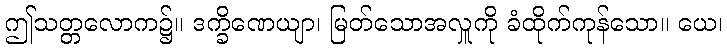
ဤသတ္တလောက၌။ ဒက္ခိဏေယျာ၊ မြတ်သောအလှူကို ခံထိုက်ကုန်သော။ ယေ၊